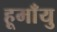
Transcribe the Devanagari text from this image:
हूमाँयु